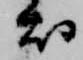
衣